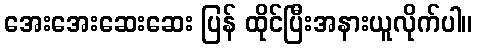
အေးအေးဆေးဆေး ပြန် ထိုင်ပြီးအနားယူလိုက်ပါ။